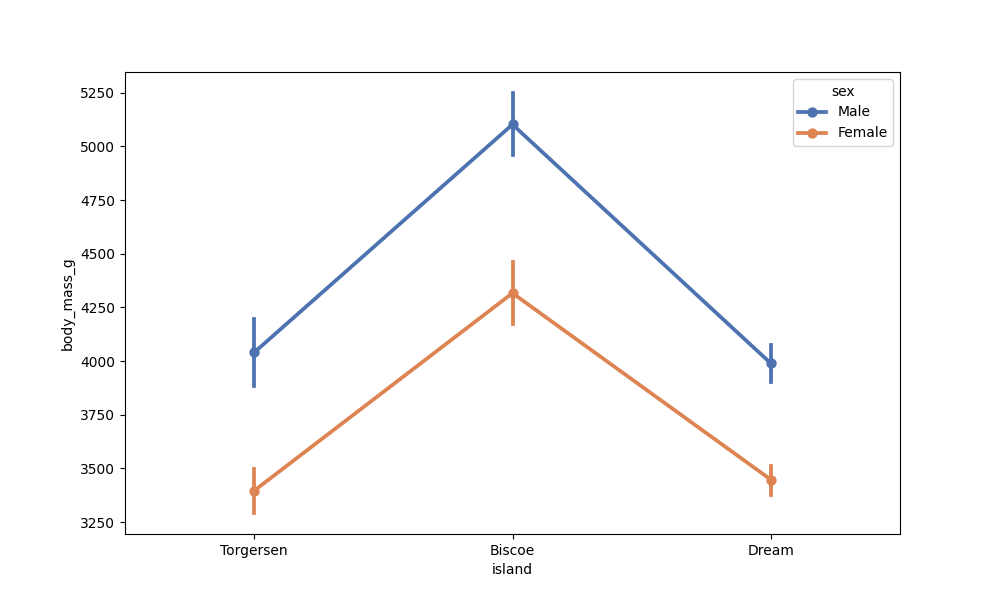
python, seaborn, pointplot, scale=1.0, join=True, hue='sex', palette='deep'